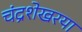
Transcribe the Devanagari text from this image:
चंद्रशेखरया